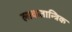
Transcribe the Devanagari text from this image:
लाकतान्त्रिक